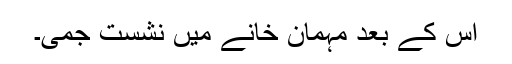
اس کے بعد مہمان خانے میں نشست جمی۔